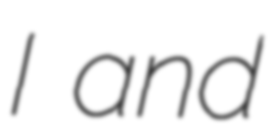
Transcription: I and